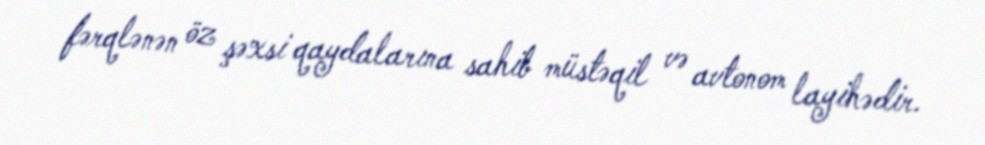
fərqlənən öz şəxsi qaydalarına sahib müstəqil və avtonom layihədir.